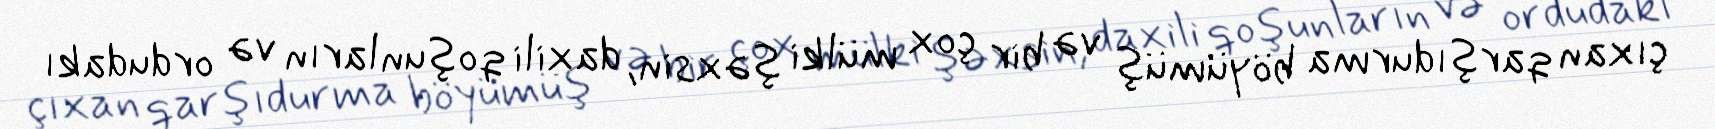
çıxan qarşıdurma böyümüş və bir çox mülki şəxsin, daxili qoşunların və ordudakı